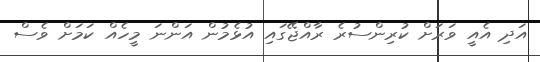
އަދި އެއީ ވަރަށް ކުރިންސުރެ ރާއްޖޭގައި އުޅެމުން އަންނަ މީހެއް ކަމަށް ވެސް